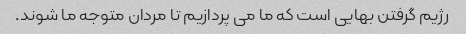
رژیم گرفتن بهایی است که ما می پردازیم تا مردان متوجه ما شوند.